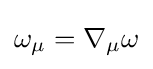
\omega _{\mu }=\nabla _{\mu }\omega